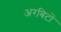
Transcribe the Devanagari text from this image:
अरबिटों